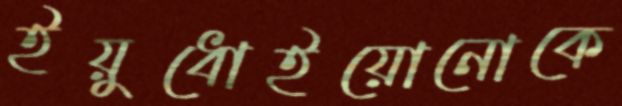
ইয়ুধোইয়োনোকে